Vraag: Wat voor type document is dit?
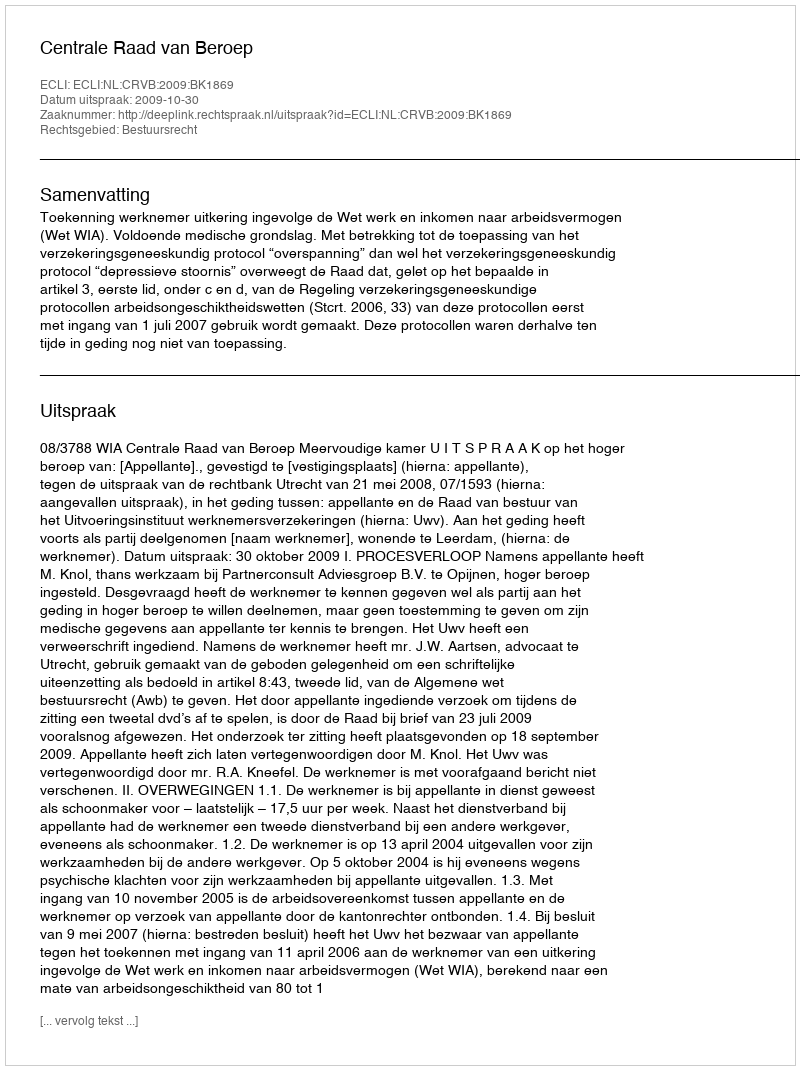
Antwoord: Uitspraak